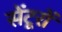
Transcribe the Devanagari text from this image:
सेंटूरों